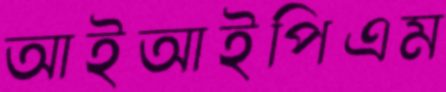
আইআইপিএম